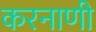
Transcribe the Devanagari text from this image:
करनाणी